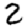
Digit: 2